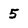
Character: 5